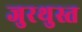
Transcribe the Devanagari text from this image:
जुरथुस्त